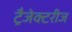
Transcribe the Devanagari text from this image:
ट्रैजेक्टरीज